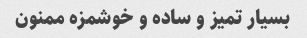
بسیار تمیز و ساده و خوشمزه ممنون